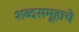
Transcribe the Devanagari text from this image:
शब्दसमूहाचे